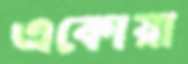
একোয়া